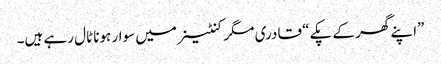
”اپنے گھر کے پکے“ قادری مگر کنٹینر میں سوار ہونا ٹال رہے ہیں۔